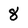
Character: 8